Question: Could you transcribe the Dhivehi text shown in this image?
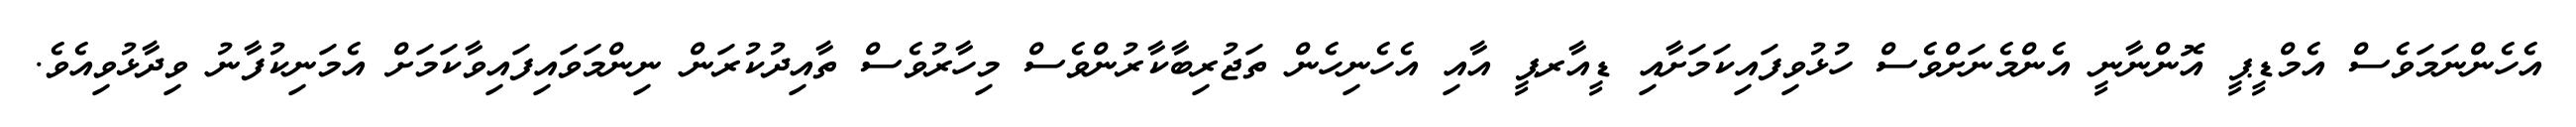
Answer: އެހެންނަމަވެސް އެމްޑީޕީ އޮންނާނީ އެންމެނަށްވެސް ހުޅުވިފައިކަމަށާއި ޑީއާރޕީ އާއި އެހެނިހެން ތަޖުރިބާކާރުންވެސް މިހާރުވެސް ތާއިދުކުރަން ނިންމަވައިފައިވާކަމަށް އެމަނިކުފާނު ވިދާޅުވިއެވެ.